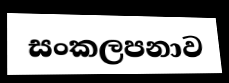
සංකලපනාව